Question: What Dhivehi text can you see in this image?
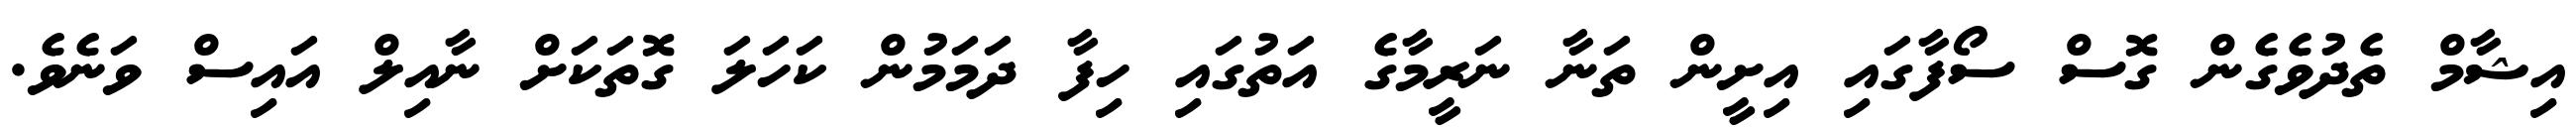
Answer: އިޝާމް ތެދުވެގެން ގޮސް ސޯފާގައި އިށީން ތަނާ ނަރީމާގެ އަތުގައި ހިފާ ދަމަމުން ކަހަލަ ގޮތަކަށް ނާއިލް އައިސް ވަނެވެ.